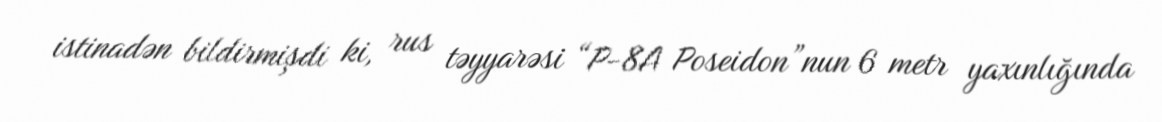
istinadən bildirmişdi ki, rus təyyarəsi “P-8A Poseidon”nun 6 metr yaxınlığında